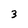
Character: 3